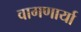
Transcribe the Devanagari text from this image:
वागणार्या